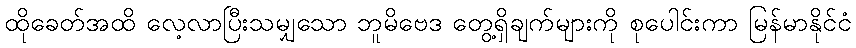
ထိုခေတ်အထိ လေ့လာပြီးသမျှသော ဘူမိဗေဒ တွေ့ရှိချက်များကို စုပေါင်းကာ မြန်မာနိုင်ငံ